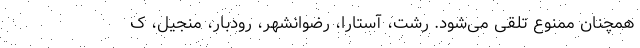
همچنان ممنوع تلقی می‌شود. رشت، آستارا، رضوانشهر، رودبار، منجیل، ک